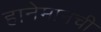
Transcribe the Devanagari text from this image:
हानेमानची